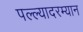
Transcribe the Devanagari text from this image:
पल्ल्यादरम्यान